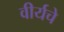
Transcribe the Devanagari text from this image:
वीर्यचे